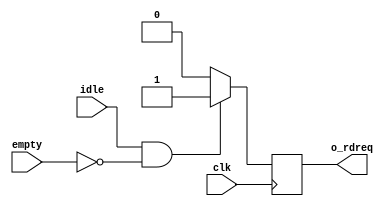
module UART_FIFO_req
(
	input		clk,
	input		idle,
	input		empty,
	output	o_rdreq
);

	reg	r_rdreq;

	always @(posedge clk)
	begin
		if (idle && ~empty) begin
			r_rdreq <= 1'b1;
		end
		else begin
			r_rdreq <= 1'b0;
		end
	end

	
	
	assign o_rdreq = r_rdreq;
	
endmodule